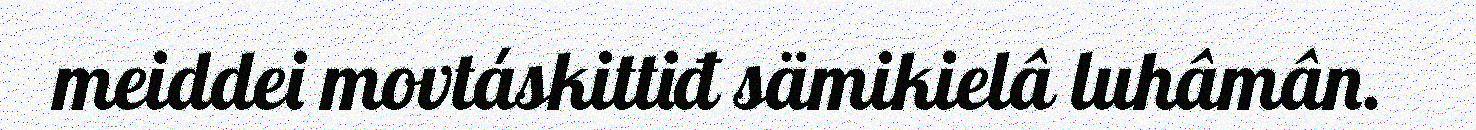
meiddei movtáskittiđ sämikielâ luhâmân.